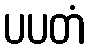
ပပတံ